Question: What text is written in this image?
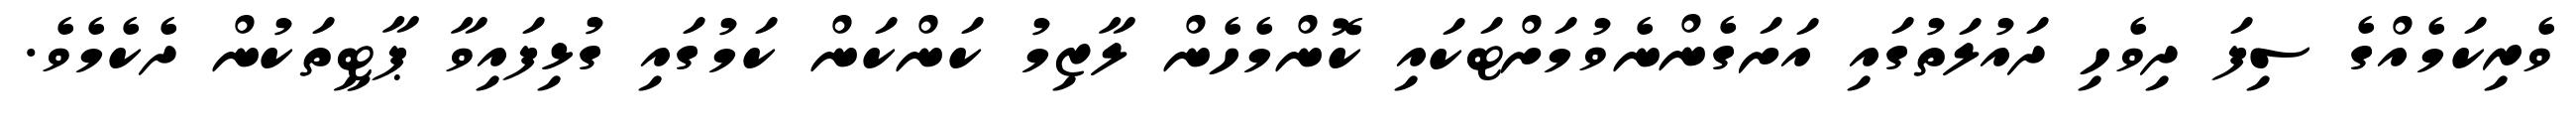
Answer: ވެރިކަމެއްގެ ސިފަ ދިވެހި ދައުލަތުގައި އަށަގެންނެވުމަށްޓަކައި ކޮންމެހެން ލާޒިމު ކަންކަން ކަމުގައި ގުޅިފައިވާ ޕާޓީތަކުން ދެކެމެވެ.